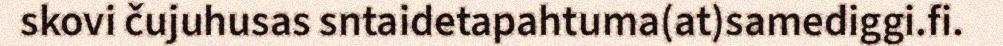
skovi čujuhusas sntaidetapahtuma(at)samediggi.fi.